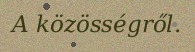
A közösségről.